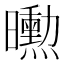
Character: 𭨌